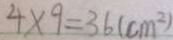
4 \times 9 = 3 6 ( c m ^ { 2 } )